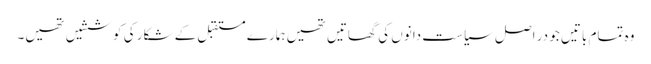
وہ تمام باتیں جو در اصل سیاست دانوں کی گھاتیں تھیں ہمارے مستقبل کے شکار کی کوششیں تھیں۔